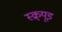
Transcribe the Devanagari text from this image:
स्क्र्यूड